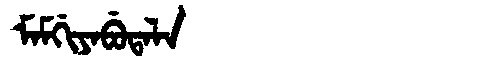
Manchu: ᠮᠠᠮᡤᡳᠶᠠᠪᡠᡨᠠᠯᠠ
Romanization: MAMGIYABUTALA